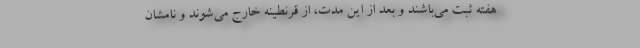
هفته ثبت می‌باشند و بعد از این مدت، از قرنطینه خارج می‌شوند و نامشان